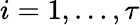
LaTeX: i=1,\dots,\tau